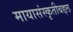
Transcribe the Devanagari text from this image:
मायासंस्कृतीबद्दल